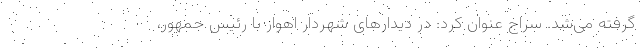
گرفته می‌شد. سراج عنوان کرد: در دیدارهای شهردار اهواز با رئیس جمهور،